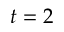
t = 2